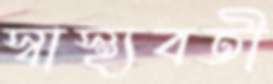
স্বাস্থ্যবতী